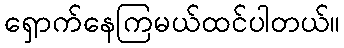
ရှောက်နေကြမယ်ထင်ပါတယ်။